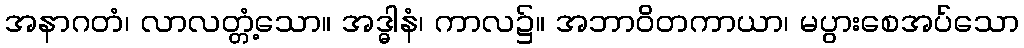
အနာဂတံ၊ လာလတ္တံ့သော။ အဒ္ဓါနံ၊ ကာလ၌။ အဘာဝိတကာယာ၊ မပွားစေအပ်သော